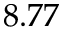
8 . 7 7